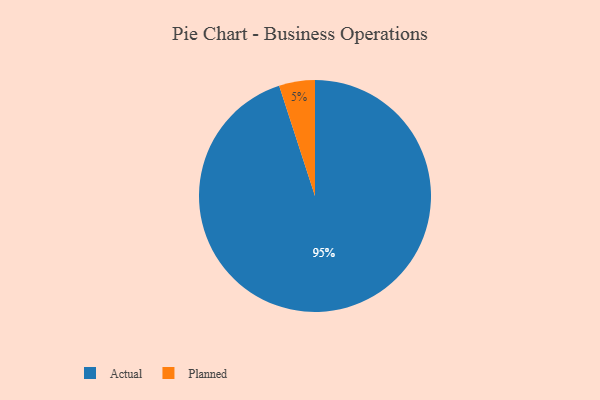
{"axis": {"x": "Category", "y": "Percentage"}, "legend": ["Actual", "Planned"], "data": [{"x": "Planned", "y": 5, "type": "Planned"}, {"x": "Actual", "y": 95, "type": "Actual"}]}